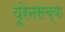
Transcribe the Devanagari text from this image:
यूरेनसच्या